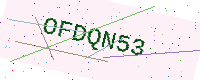
Text: OFDQN53